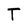
Character: T